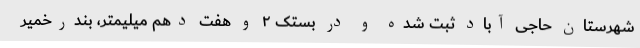
شهرستان حاجی آباد ثبت شده و در بستک ۲ و هفت دهم میلیمتر، بندرخمیر